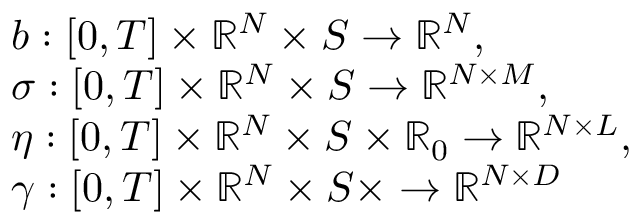
\begin{array} { r l } & { b : [ 0 , T ] \times \mathbb { R } ^ { N } \times S \rightarrow \mathbb { R } ^ { N } , } \\ & { \sigma : [ 0 , T ] \times \mathbb { R } ^ { N } \times S \rightarrow \mathbb { R } ^ { N \times M } , } \\ & { \eta : [ 0 , T ] \times \mathbb { R } ^ { N } \times S \times \mathbb { R } _ { 0 } \rightarrow \mathbb { R } ^ { N \times L } , } \\ & { \gamma : [ 0 , T ] \times \mathbb { R } ^ { N } \times S \times \rightarrow \mathbb { R } ^ { N \times D } } \end{array}